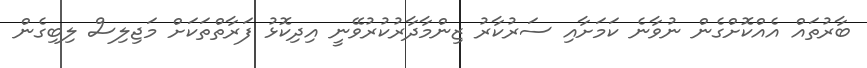
ބާރުތައް އެއްކޮށްގެން ނުވާނެ ކަމަށާއި ސަރުކާރު ޒިންމާދާރުކުރުވޭނީ އިދިކޮޅު ފަރާތްތަކަށް މަޖިލިސް ލިބިގެން